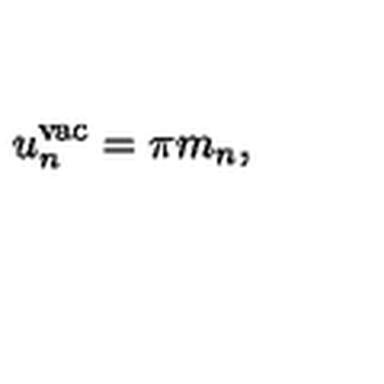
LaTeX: u _ { n } ^ { \mathrm { v a c } } = \pi m _ { n } ,